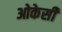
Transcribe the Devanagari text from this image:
ओकेसी